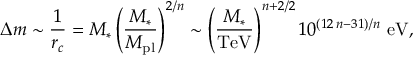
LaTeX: \Delta m \sim \frac { 1 } { r _ { c } } = M _ { * } \left( \frac { M _ { * } } { M _ { \mathrm { p l } } } \right) ^ { 2 / n } \sim \left( \frac { M _ { * } } { \mathrm { T e V } } \right) ^ { n + 2 / 2 } 1 0 ^ { ( 1 2 \, n - 3 1 ) / n } \, \, \mathrm { e V } ,